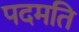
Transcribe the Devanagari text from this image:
पदमति